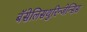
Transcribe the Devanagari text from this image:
बॅसेलिसथुरिन्जेन्सिस